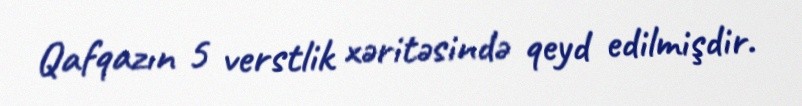
Qafqazın 5 verstlik xəritəsində qeyd edilmişdir.